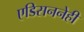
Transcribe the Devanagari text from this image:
एडिसननेही